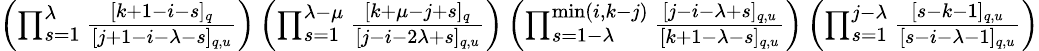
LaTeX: \begin{array}{r}{\textstyle\left(\prod_{s=1}^{\lambda}\frac{[k+1-i-s]_{q}}{[j+1-i-\lambda-s]_{q,u}}\right)\left(\prod_{s=1}^{\lambda-\mu}\frac{[k+\mu-j+s]_{q}}{[j-i-2\lambda+s]_{q,u}}\right)\left(\prod_{s=1-\lambda}^{\operatorname*{min}(i,k-j)}\frac{[j-i-\lambda+s]_{q,u}}{[k+1-\lambda-s]_{q,u}}\right)\left(\prod_{s=1}^{j-\lambda}\frac{[s-k-1]_{q,u}}{[s-i-\lambda-1]_{q,u}}\right)}\end{array}